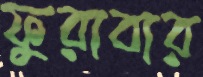
ফুরাবার